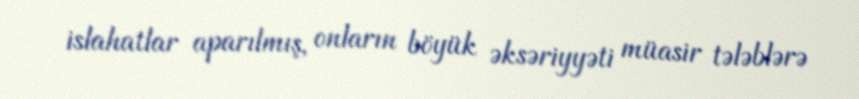
islahatlar aparılmış, onların böyük əksəriyyəti müasir tələblərə